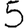
Digit: 5